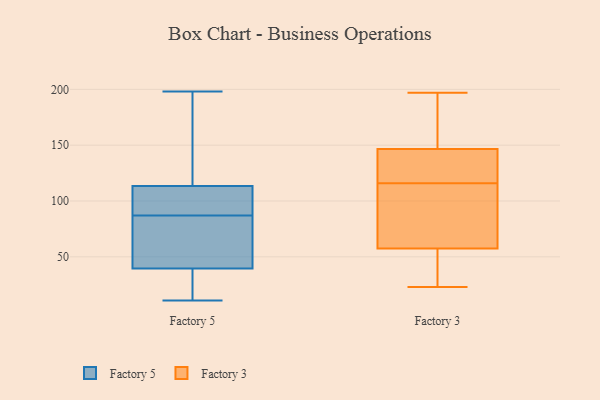
{"axis": {"x": "Active Users", "y": "Value"}, "legend": ["Factory 3", "Factory 5"], "data": [{"x": "", "y": 109, "type": "Factory 5"}, {"x": "", "y": 43, "type": "Factory 5"}, {"x": "", "y": 11, "type": "Factory 5"}, {"x": "", "y": 120, "type": "Factory 5"}, {"x": "", "y": 118, "type": "Factory 5"}, {"x": "", "y": 30, "type": "Factory 5"}, {"x": "", "y": 93, "type": "Factory 5"}, {"x": "", "y": 103, "type": "Factory 5"}, {"x": "", "y": 66, "type": "Factory 5"}, {"x": "", "y": 36, "type": "Factory 5"}, {"x": "", "y": 198, "type": "Factory 5"}, {"x": "", "y": 81, "type": "Factory 5"}, {"x": "", "y": 102, "type": "Factory 3"}, {"x": "", "y": 197, "type": "Factory 3"}, {"x": "", "y": 32, "type": "Factory 3"}, {"x": "", "y": 103, "type": "Factory 3"}, {"x": "", "y": 57, "type": "Factory 3"}, {"x": "", "y": 58, "type": "Factory 3"}, {"x": "", "y": 157, "type": "Factory 3"}, {"x": "", "y": 122, "type": "Factory 3"}, {"x": "", "y": 181, "type": "Factory 3"}, {"x": "", "y": 137, "type": "Factory 3"}, {"x": "", "y": 35, "type": "Factory 3"}, {"x": "", "y": 156, "type": "Factory 3"}, {"x": "", "y": 23, "type": "Factory 3"}, {"x": "", "y": 116, "type": "Factory 3"}, {"x": "", "y": 116, "type": "Factory 3"}, {"x": "", "y": 131, "type": "Factory 3"}]}